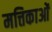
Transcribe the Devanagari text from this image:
मत्तिकाओं